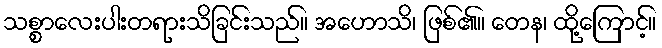
သစ္စာလေးပါးတရားသိခြင်းသည်။ အဟောသိ၊ ဖြစ်၏။ တေန၊ ထို့ကြောင့်။